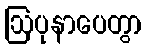
ဩပုနာပေတွာ